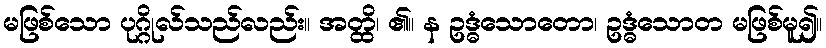
မဖြစ်သော ပုဂ္ဂိုလ်သည်လည်း။ အတ္ထိ၊ ၏။ န ဥဒ္ဓံသောတော၊ ဥဒ္ဓံသောတ မဖြစ်မူ၍။